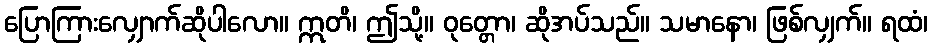
ပြောကြားလျှောက်ဆိုပါလော။ ဣတိ၊ ဤသို့။ ဝုတ္တော၊ ဆိုအပ်သည်။ သမာနော၊ ဖြစ်လျှက်။ ရထံ၊